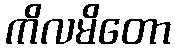
ကိလမိတော